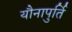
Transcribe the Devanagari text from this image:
यौनापुर्ति